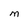
Character: M